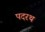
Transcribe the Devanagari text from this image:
पदरथ